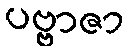
ပဗ္ဗာဇာ